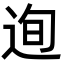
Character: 迿